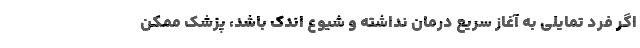
اگر فرد تمایلی به آغاز سریع درمان نداشته و شیوع اندک باشد، پزشک ممکن